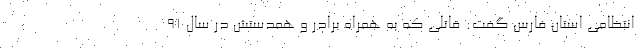
انتظامی استان فارس گفت: قاتلی که به همراه برادر و همدستش در سال 91